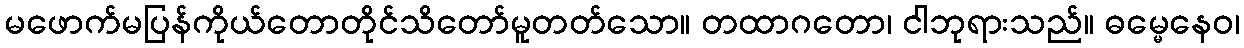
မဖောက်မပြန်ကိုယ်တောတိုင်သိတော်မူတတ်သော။ တထာဂတော၊ ငါဘုရားသည်။ ဓမ္မေနေဝ၊